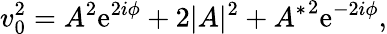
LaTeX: v_{0}^{2}=A^{2}\mathrm{e}^{2i\phi}+2|A|^{2}+{A^{*}}^{2}\mathrm{e}^{-2i\phi},